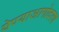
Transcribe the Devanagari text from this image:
येण्याआगोदरच